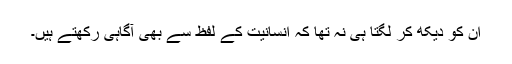
ان کو دیکھ کر لگتا ہی نہ تھا کہ انسانیت کے لفظ سے بھی آگاہی رکھتے ہیں۔